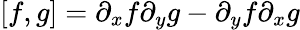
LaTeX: [f,g]=\partial_{x}f\partial_{y}g-\partial_{y}f\partial_{x}g